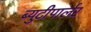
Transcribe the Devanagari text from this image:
ब्युटीपार्लर